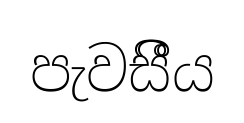
පැවසීීය